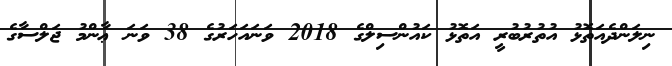
ނިލަންދެއަތޮޅު އުތުރުބުރީ އަތޮޅު ކައުންސިލްގެ 2018 ވަނައަހަރުގެ 38 ވަނަ ޢާންމު ޖަލްސާގެ